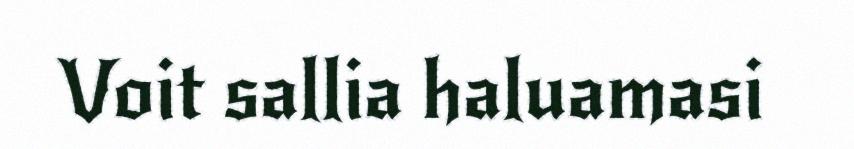
Voit sallia haluamasi